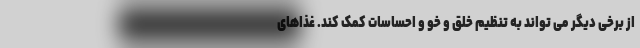
از برخی دیگر می تواند به تنظیم خلق و خو و احساسات کمک کند. غذاهای